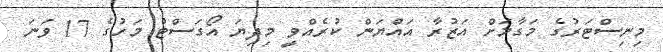
މިނިސްޓަރުގެ މަގާމަށް އަޒުރާ އައްޔަން ކުރެއްވީ މިދިޔަ އޯގަސްޓު މަހުގެ 17 ވަނަ